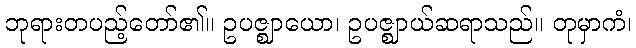
ဘုရားတပည့်တော်၏။ ဥပဇ္ဈာယော၊ ဥပဇ္ဈာယ်ဆရာသည်။ တုမှာကံ၊